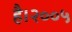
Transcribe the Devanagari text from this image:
है।२००५